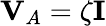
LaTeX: \mathbf{V}_{A}=\zeta\mathbf{I}